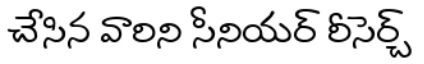
చేసిన వారిని సీనియర్ రీసెర్చ్